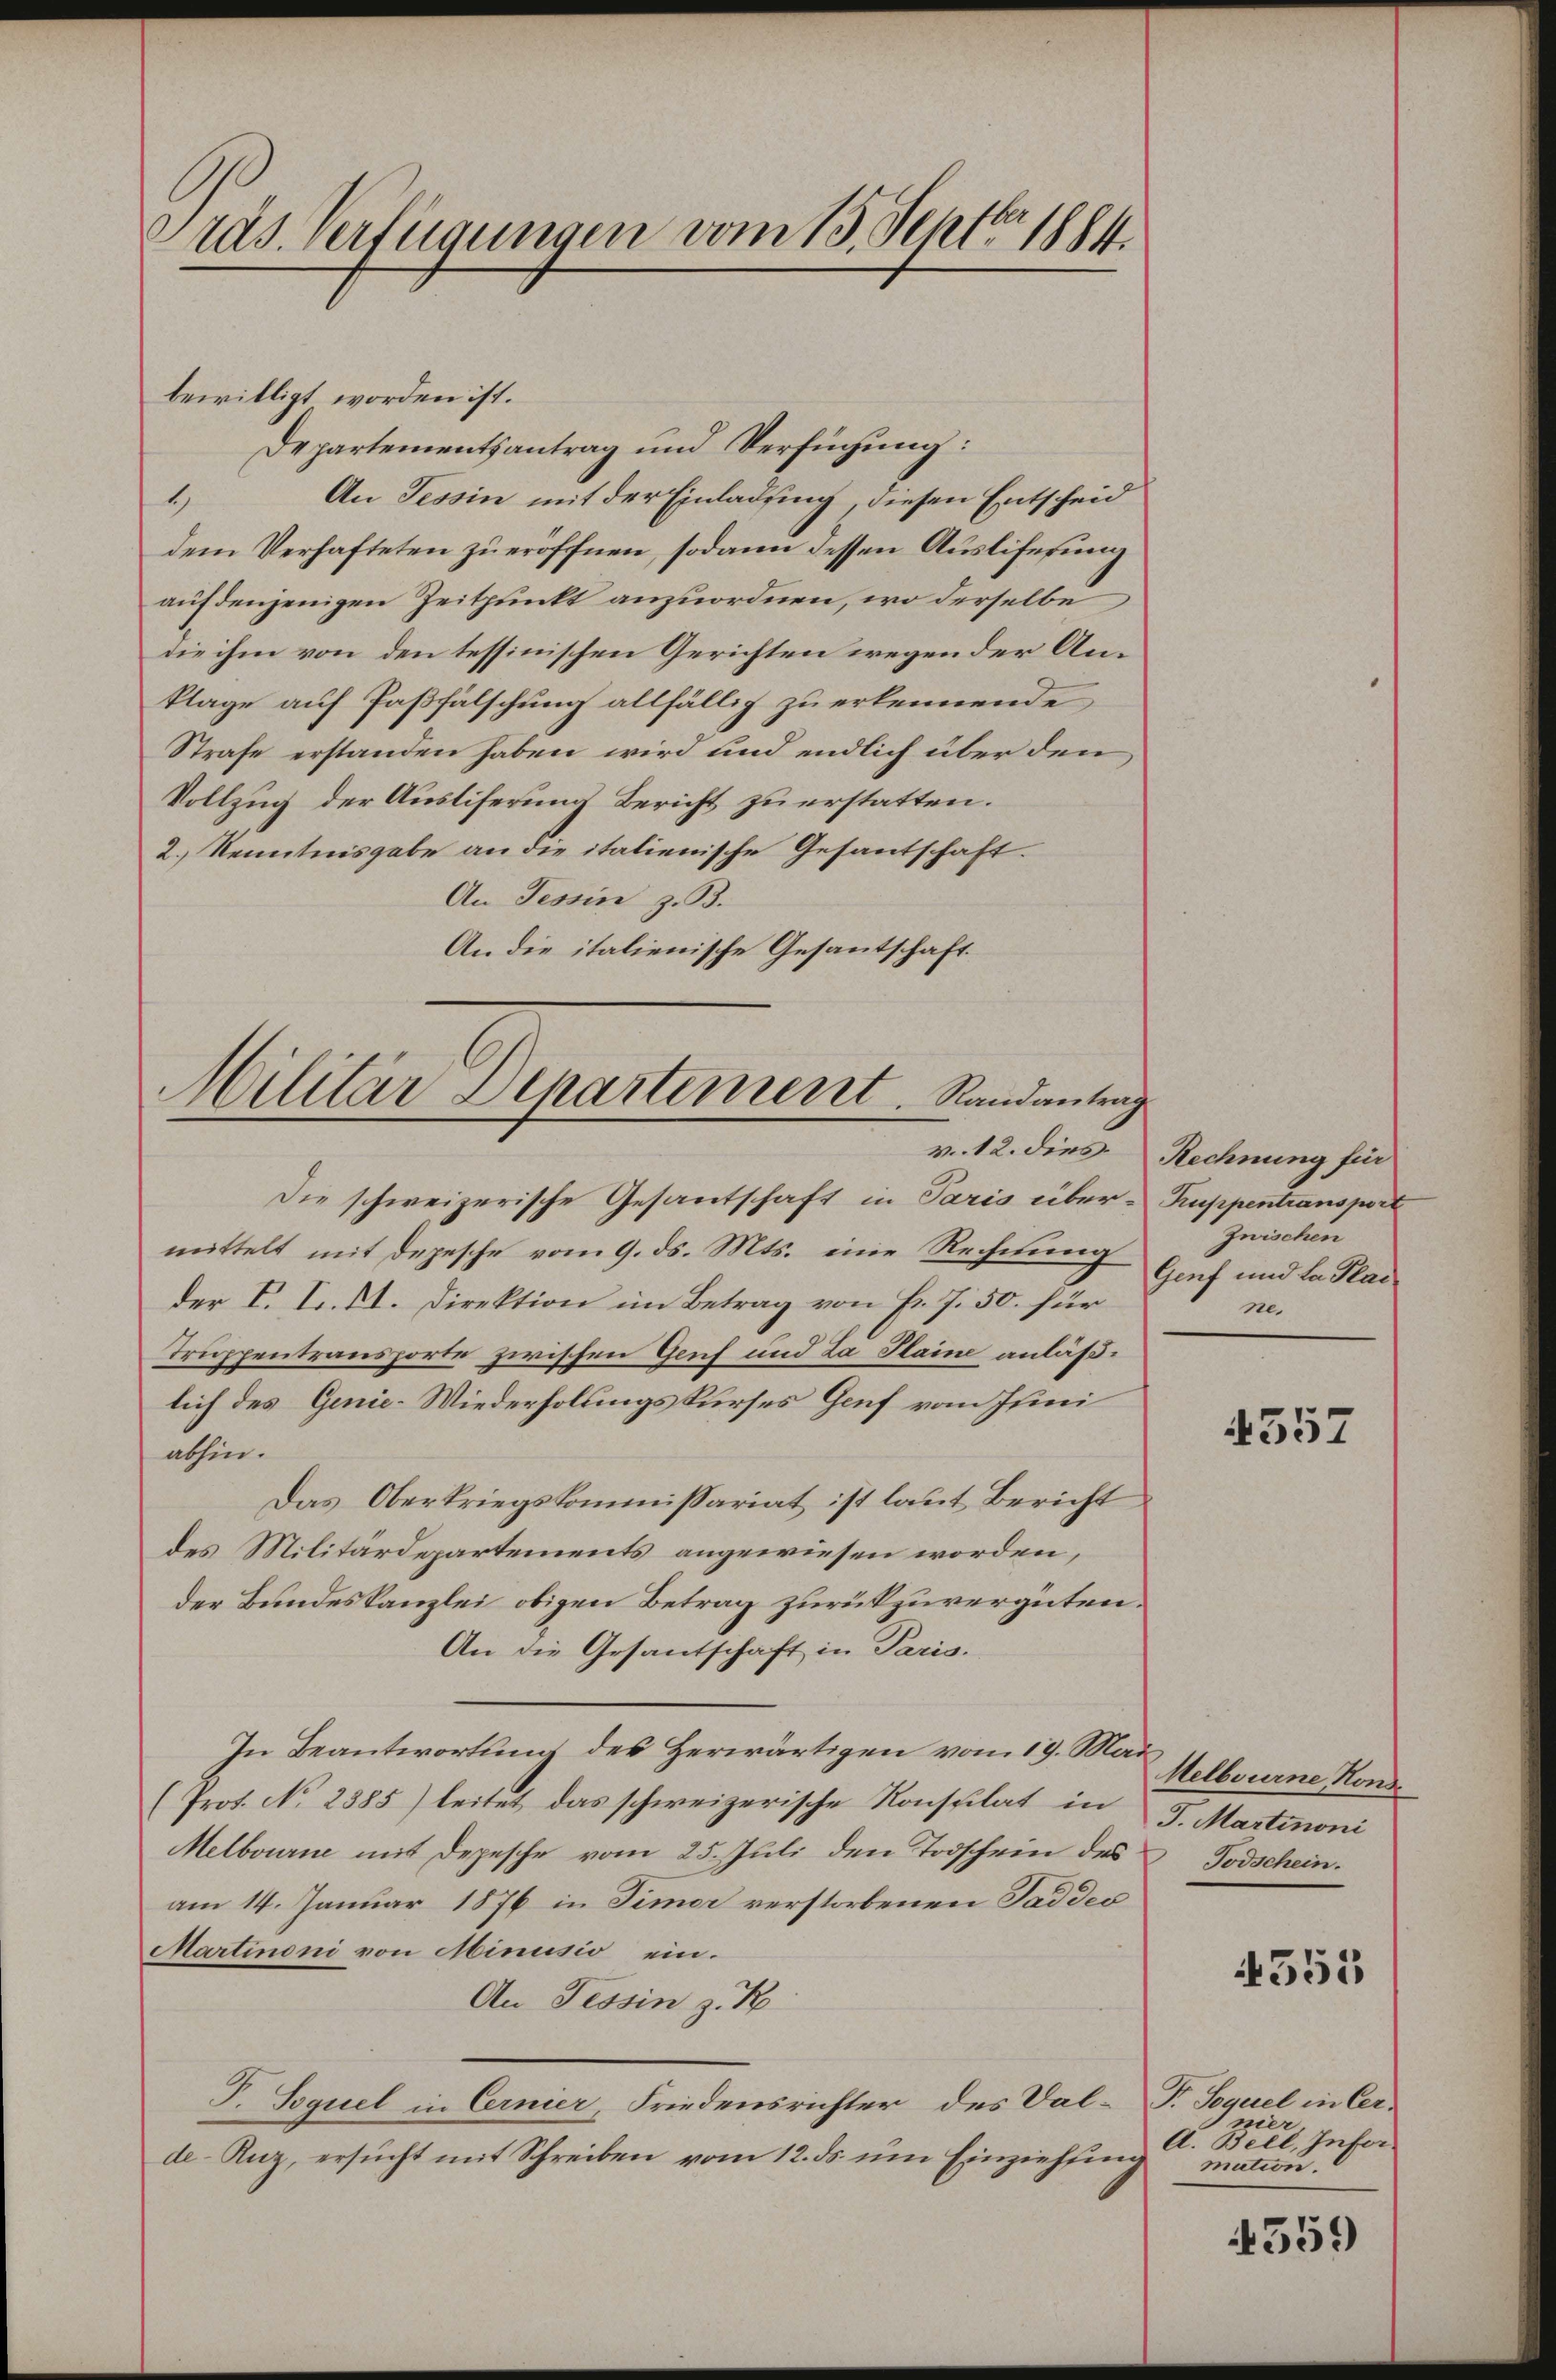
Präs. Verfügungen vom 15. Septer 1884.

bewilligt worden ist.
Departementsantrag und Verfügung:
An Tessin mit der Einladung, diesen Entscheid
4
dem Verhafteten zu eröffnen, sodann dessen Auslifesung
auf denjenigen Zeitpunkt anzuordnen, wo derselbe
die ihm von den tessinischen Gerichten wegen der Anklage auf Paßfälschung allfällig zu erkennende
Strafe erstanden haben wird und endlich über den
Vollzug der Ausliferung Bericht zu erstatten.
2.) Kenntnisgabe an die italienische Gesantschaft.
An Tessin z. B.
An die italienische Gesantschaft.

Militär Departement. Randantrag

Die schweizerische Gesantschaft in Paris über- Kuppentransport
mittelt mit Depesche vom 9. ds. Mts. eine Rechnung
der V. L. St. Direktion im Betrag von Fr. 7. 50. für
Truppentransporte zwischen Genf und La Plaine anläßlich des Genie-Wiederholungskurses Genf vom Juni
abhin.
Das Oberkriegskommissariat ist laut Bericht
des Militärdepartements angewiesen worden,
der Bundeskanzlei obigen Betrag zurückzuvergüten.
An die Gesantschaft in Paris.
In Beantwortung des Herwärtigen vom 19. Mai Melbourne Kons
(Prof. No 2385) leitet das schweizerische Konsplat in 5. Martinoni
Melbourne mit Depesche vom 25. Juli den Todschein des
am 14. Januar 1876 in Timor verstorbenen Saddes
Martinoni von Minusio ein.
An Tessin z. B
T. Sequel in Cernier, Friedensrichter des Dal-T. Sequel in Cer-
de-Anz, ersucht mit Schreiben vom 12. ds. um Einziehung

v. 12. dies Rechnung für
Zwischen
Genf und la Plai
ne.

4357

Todschein.

551

Pnier
A. Bell, Infor
mation.

4559